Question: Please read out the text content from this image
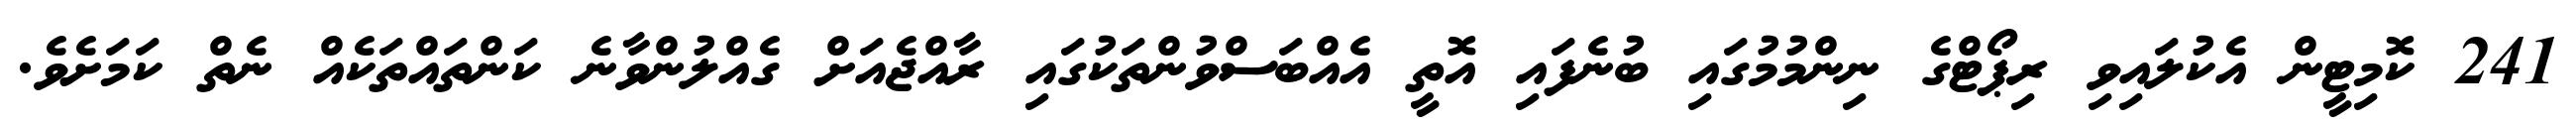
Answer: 241 ކޮމިޓީން އެކުލައިވި ރިޕޯޓްގެ ނިންމުމުގައި ބުނެފައި އޮތީ އެއްބަސްވުންތަކުގައި ރާއްޖެއަށް ގެއްލުންވާނެ ކަންތައްތަކެއް ނެތް ކަމަށެވެ.